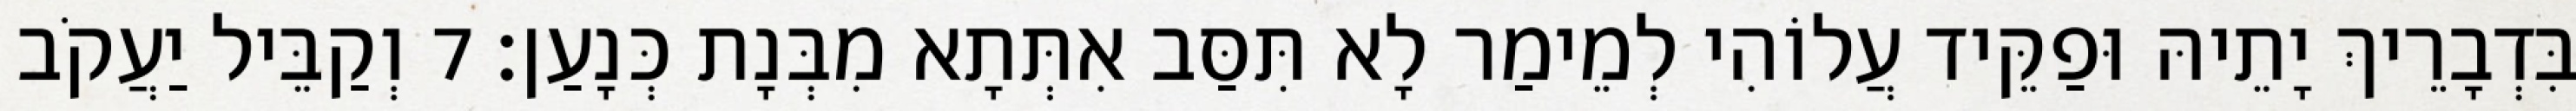
בִּדְבָרֵיךְ יָתֵיהּ וּפַקֵּיד עֲלוֹהִי לְמֵימַר לָא תִּסַּב אִתְּתָא מִבְּנָת כְּנָעַן׃ 7 וְקַבֵּיל יַעֲקֹב